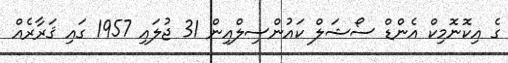
ގެ އިކޮނޮމިކް އެންޑް ސޯޝަލް ކައުންސިލްއިން 31 ޖުލައި 1957 ގައި ޤަރާރެއް